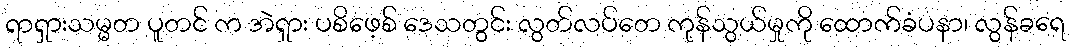
ရာရှားသမ္မတ ပူတင် က အဲရှား ပစိဖေ့စ် ဒေသတွင်း လွတ်လပ်တေ ကုန်သွယ်မှုကို ထောက်ခံပနာ၊ လွန်ခရေ